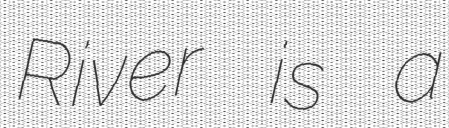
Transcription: River is a